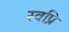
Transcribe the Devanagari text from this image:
स्वप्नि